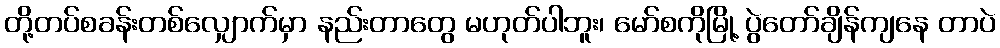
တို့တပ်စခန်းတစ်လျှောက်မှာ နည်းတာတွေ မဟုတ်ပါဘူး၊ မော်စကိုမြို့ ပွဲတော်ချိန်ကျနေ တာပဲ